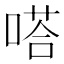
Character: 嗒